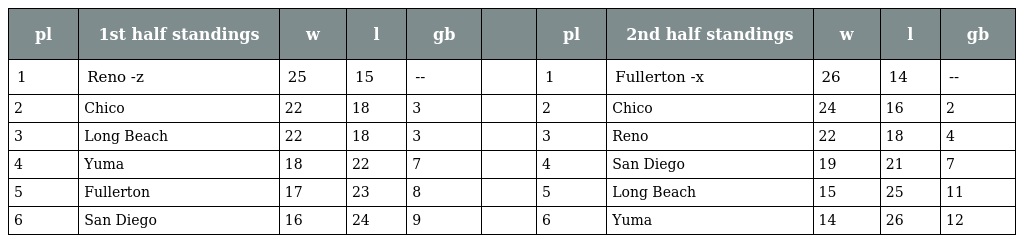
| pl | 1st half standings | w | l | gb |  | pl | 2nd half standings | w | l | gb |
 | --- | --- | --- | --- | --- | --- | --- | --- | --- | --- | --- |
 | 1 | Reno -z | 25 | 15 | -- |  | 1 | Fullerton -x | 26 | 14 | -- |
 | 2 | Chico | 22 | 18 | 3 |  | 2 | Chico | 24 | 16 | 2 |
 | 3 | Long Beach | 22 | 18 | 3 |  | 3 | Reno | 22 | 18 | 4 |
 | 4 | Yuma | 18 | 22 | 7 |  | 4 | San Diego | 19 | 21 | 7 |
 | 5 | Fullerton | 17 | 23 | 8 |  | 5 | Long Beach | 15 | 25 | 11 |
 | 6 | San Diego | 16 | 24 | 9 |  | 6 | Yuma | 14 | 26 | 12 |